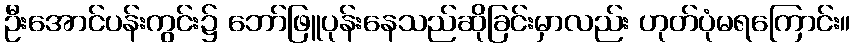
ဦးအောင်ပန်းကွင်း၌ ဘော်ဖြူပုန်းနေသည်ဆိုခြင်းမှာလည်း ဟုတ်ပုံမရကြောင်း။